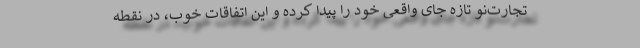
تجارت‌نو تازه جای واقعی خود را پیدا کرده و این اتفاقات خوب، در نقطه